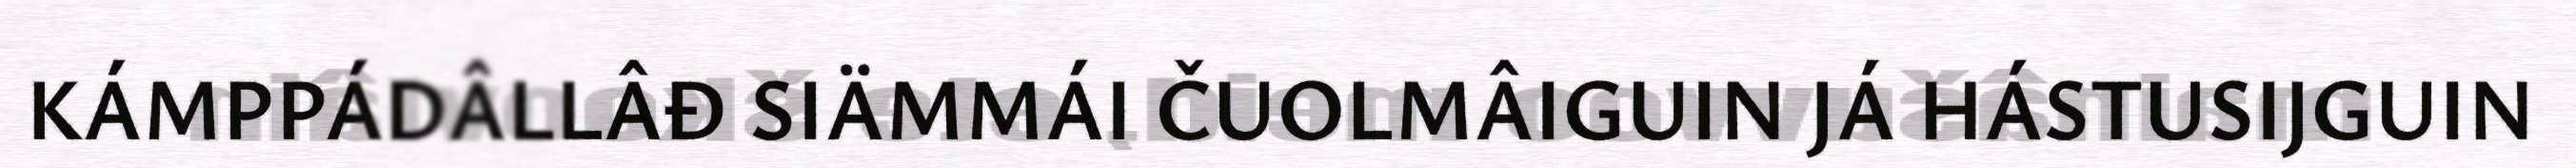
KÁMPPÁDÂLLÂĐ SIÄMMÁI ČUOLMÂIGUIN JÁ HÁSTUSIJGUIN